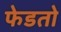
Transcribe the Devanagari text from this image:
फेडतो